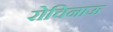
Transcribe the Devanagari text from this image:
रोचिनाऊ